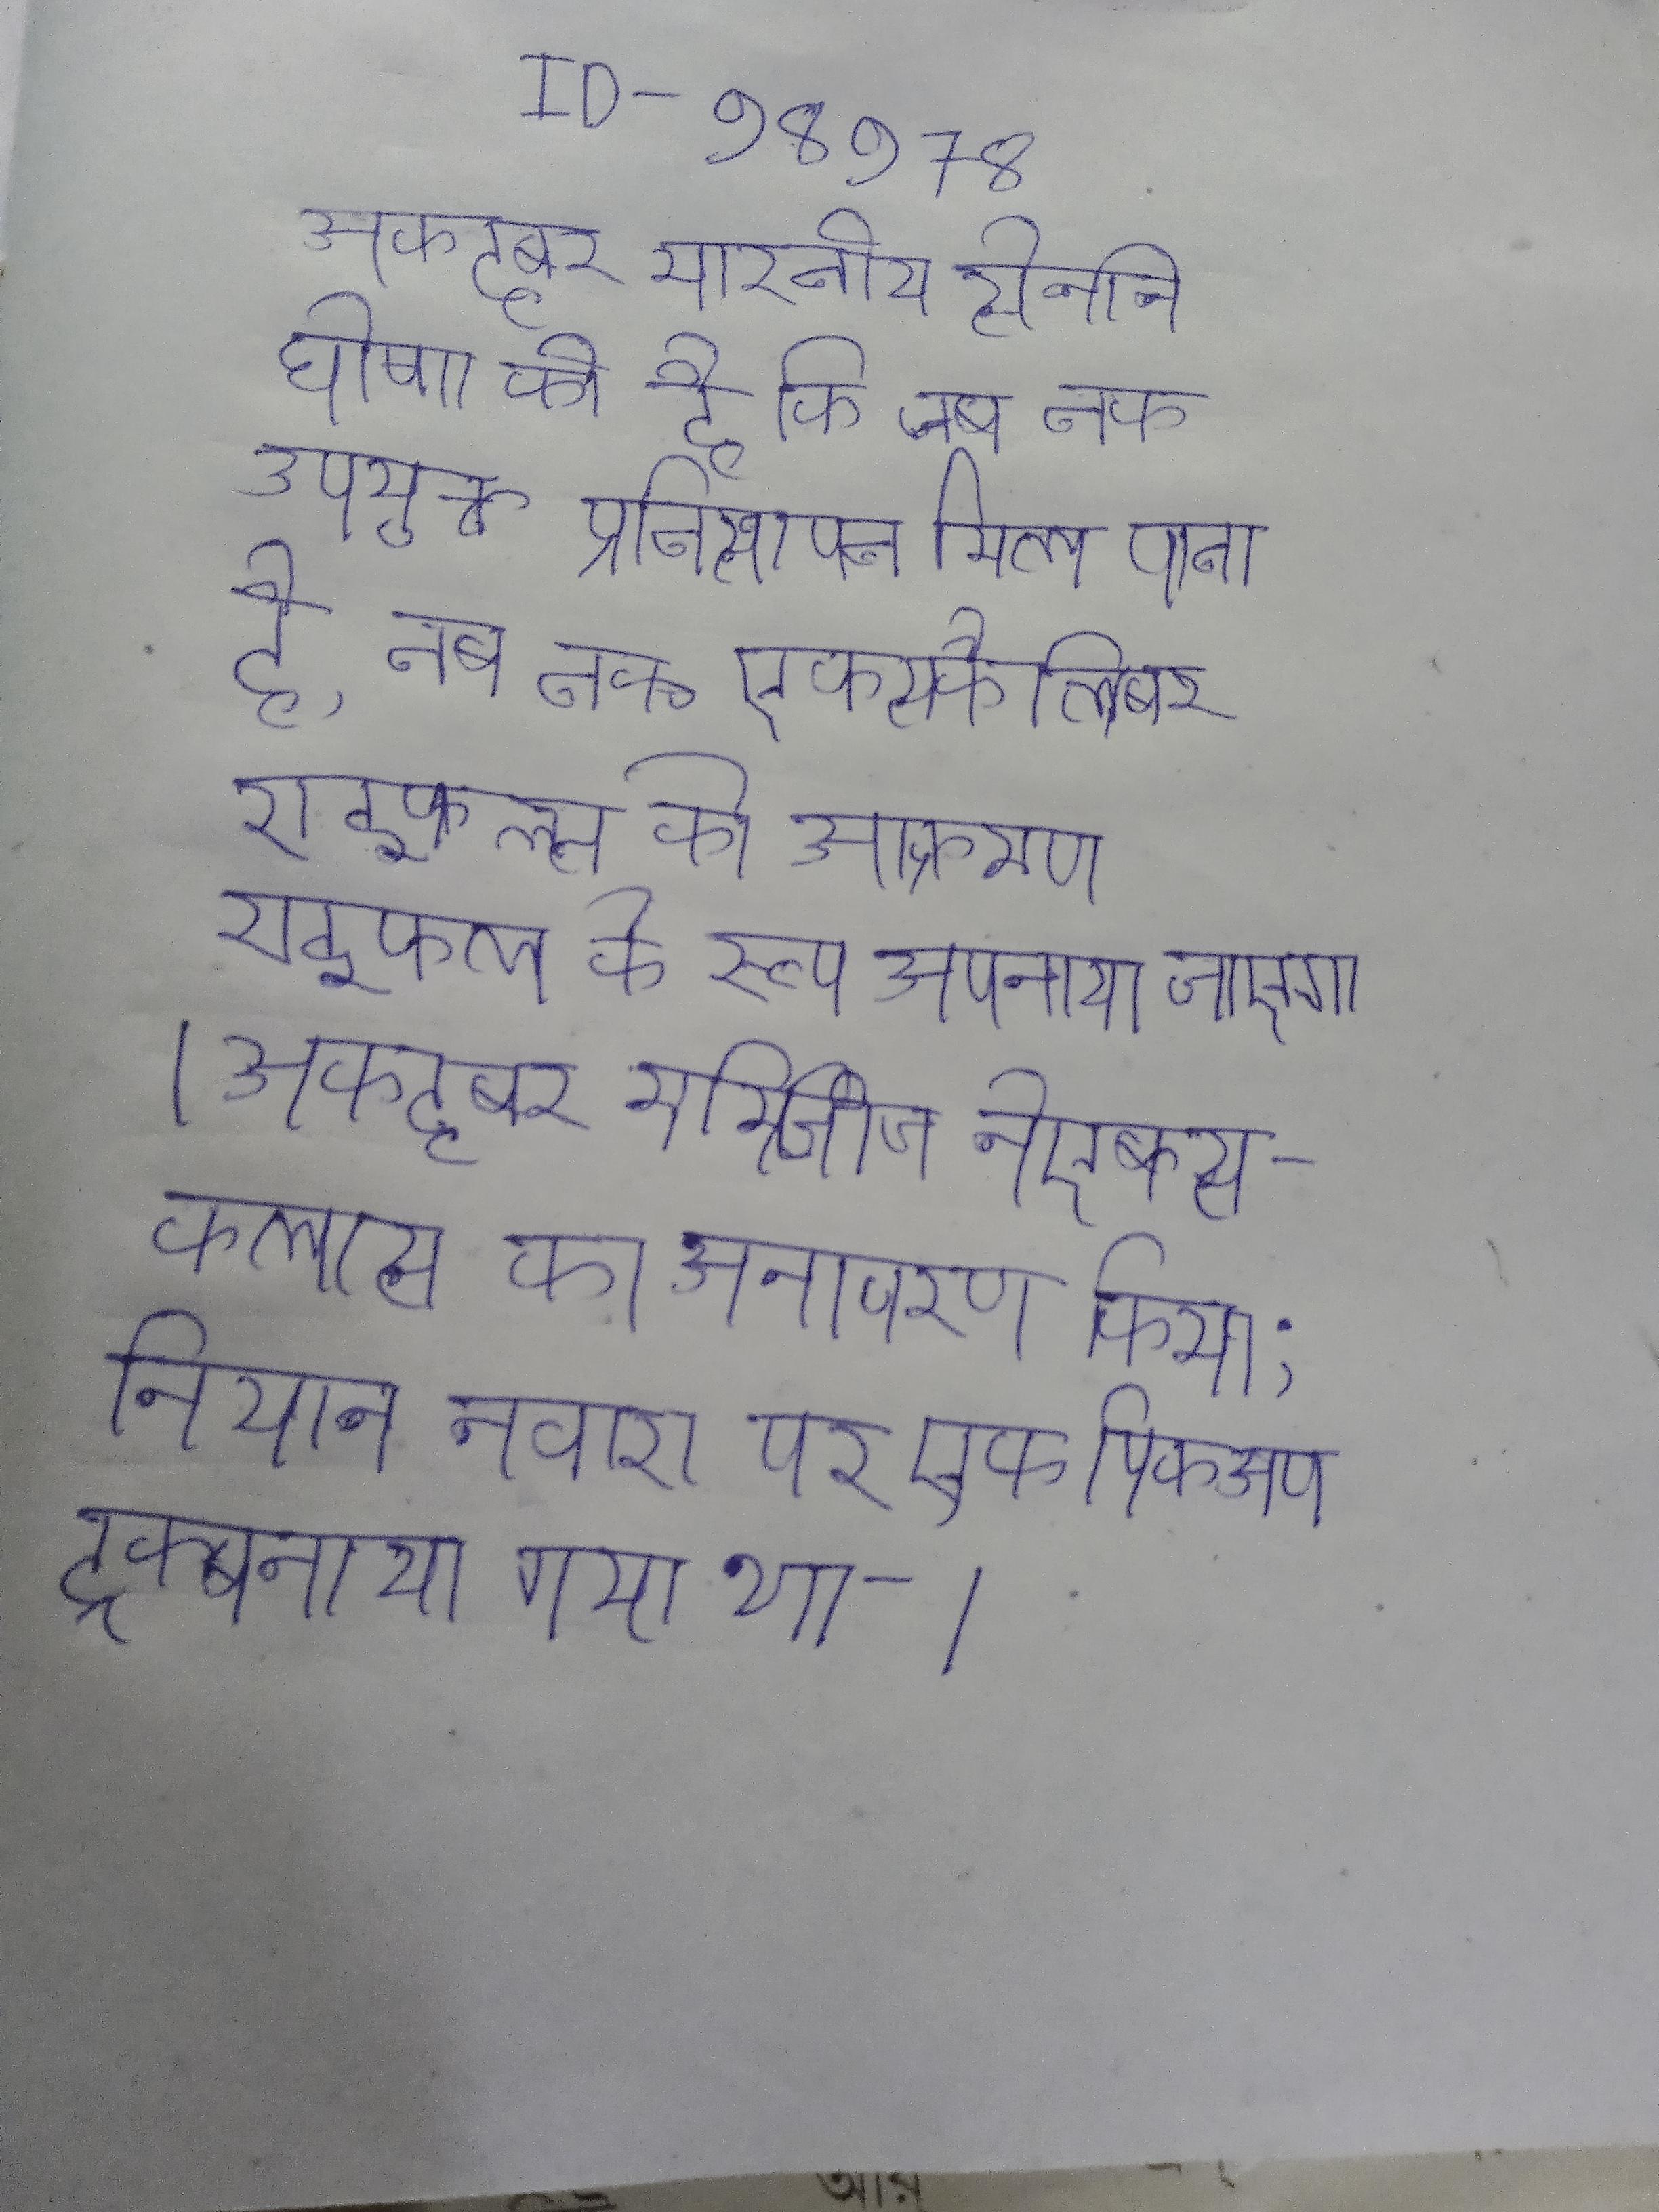
अक्टूबर भारतीय सेना ने घोषणा की है कि जब तक उपयुक्त प्रतिस्थापन मिल पाता है, तब तक एक्सकैलिबर राइफल्स को आक्रमण राइफल के रूप अपनाया जाएगा । अक्टूबर मर्सिडीज ने एक्स-क्लास का अनावरण किया; निसान नवारा पर एक पिकअप ट्रक बनाया गया था ।